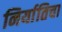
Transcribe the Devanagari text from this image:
निर्यातिचा